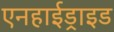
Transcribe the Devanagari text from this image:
एनहाईड्राइड